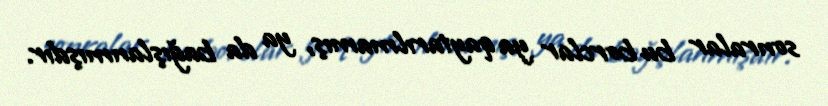
sonralar bu borclar ya qaytarılmamış, ya da bağışlanmışdır.